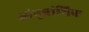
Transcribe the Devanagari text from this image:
आंनुवांशिक